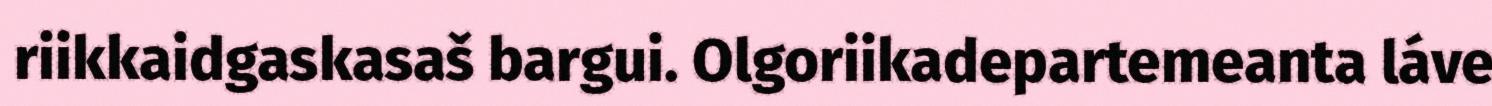
riikkaidgaskasaš bargui. Olgoriikadepartemeanta láve